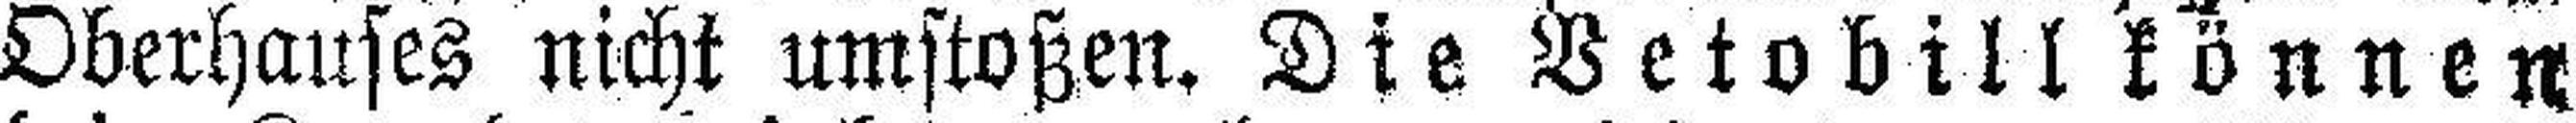
Oberhauses nicht umstoßen. Die Vetobill können